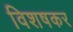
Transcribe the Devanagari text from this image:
विशषकर